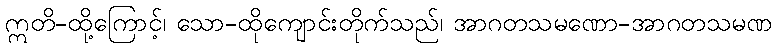
ဣတိ-ထို့ကြောင့်၊ သော-ထိုကျောင်းတိုက်သည်၊ အာဂတသမဏော-အာဂတသမဏ